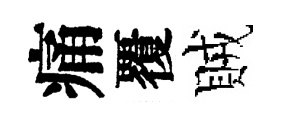
痛覆賊